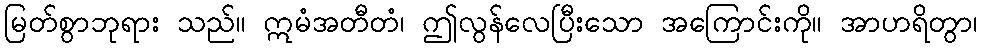
မြတ်စွာဘုရား သည်။ ဣမံအတီတံ၊ ဤလွန်လေပြီးသော အကြောင်းကို။ အာဟရိတွာ၊